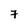
Character: 7